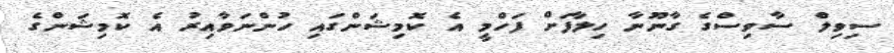
ސިވިލް ސާވިސްގެ ގާނޫނާ ހިލާފަށް ފަހްމީ އެ ކޮމިޝަންގައި ހުންނަވާއިރު އެ ކޮމިޝަންގެ